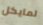
لمايكل